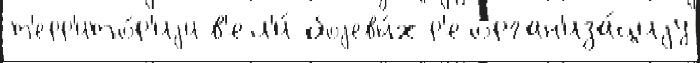
т'ерр'ито́р'иjи в'ел'и́ боjевы́х р'еорган'иза́циjу